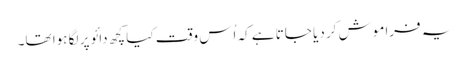
یہ فراموش کر دیا جاتا ہے کہ اُس وقت کیا کچھ دائو پر لگا ہوا تھا۔